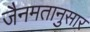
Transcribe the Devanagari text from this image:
जैनमतानुसार